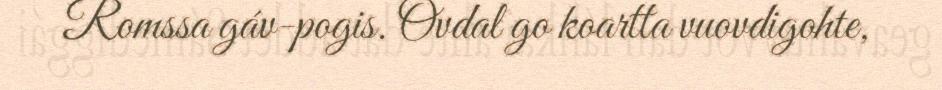
Romssa gáv-pogis. Ovdal go koartta vuovdigohte,